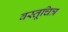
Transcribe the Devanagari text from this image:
वस्तूचित्र